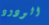
الودود